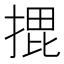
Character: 𭡨